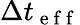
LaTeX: \Delta t_{\mathrm{~e~f~f~}}